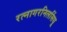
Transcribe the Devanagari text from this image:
रत्नागरनिलसिंधू